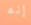
إنه